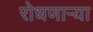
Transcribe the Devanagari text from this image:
रोधणाऱ्या